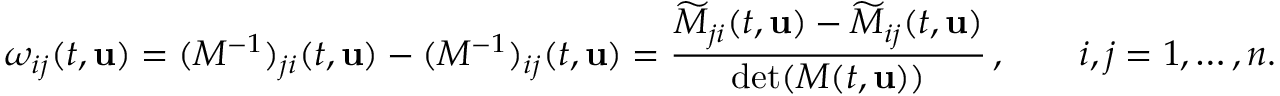
\omega _ { i j } ( t , { \mathbf { u } } ) = ( M ^ { - 1 } ) _ { j i } ( t , { \mathbf { u } } ) - ( M ^ { - 1 } ) _ { i j } ( t , { \mathbf { u } } ) = \frac { \widetilde { M } _ { j i } ( t , { \mathbf { u } } ) - \widetilde { M } _ { i j } ( t , { \mathbf { u } } ) } { \operatorname* { d e t } ( M ( t , { \mathbf { u } } ) ) } \, , \qquad i , j = 1 , \dots , n .